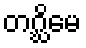
တဂ္ဃိမေ